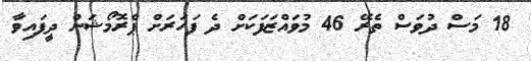
18 މަސް ދުވަސް ތެރޭ 46 މުވައްޒަފަކަށް ދެ ފަހަރަށް ޕްރޮމޯޝަން ދީފައިވާ